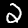
Label: 2